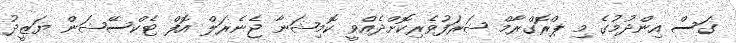
ގަސް އިންދުމުގެ މި ޕްރޮގްރާމް ޝަރަފުވެރިކޮށްދެއްވީ ކޮމިޝަނާ ޖެނެރަލް އޮފް ޓެކްސޭޝަން ޔަޒީދު